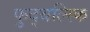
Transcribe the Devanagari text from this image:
फुद्बल्स्कि